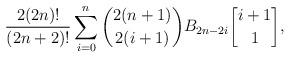
LaTeX: \begin{align*} \frac{2(2n)!}{(2n+2)!} \sum\limits_{i=0}^n {2(n+1)\choose 2(i+1)} B_{2n-2i} {i+1\brack 1},\end{align*}